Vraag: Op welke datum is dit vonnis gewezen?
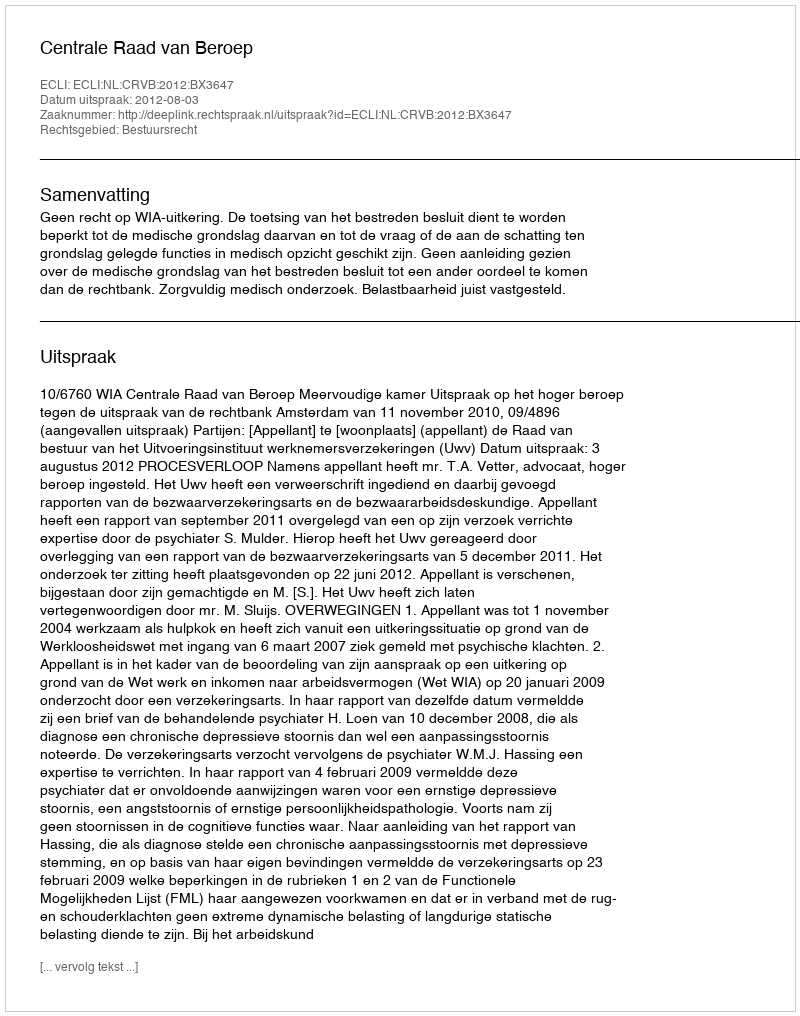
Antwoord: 2012-08-03